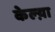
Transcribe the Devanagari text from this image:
केल्य़ा